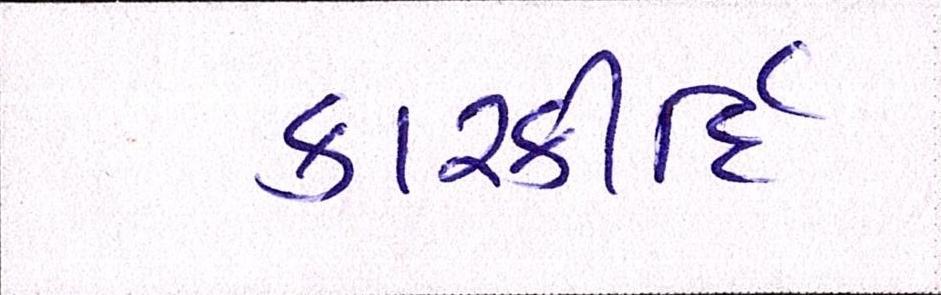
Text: કારકીર્દિ